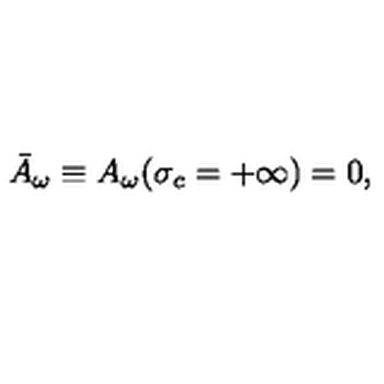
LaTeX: \bar { A } _ { \omega } \equiv A _ { \omega } ( \sigma _ { c } = + \infty ) = 0 ,